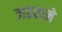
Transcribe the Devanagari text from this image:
जडवाने